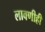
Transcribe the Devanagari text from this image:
लावणीही